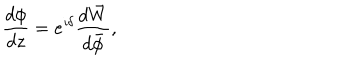
LaTeX: \frac { d \phi } { d z } = e ^ { \imath \delta } \frac { d \bar { W } } { d \bar { \phi } } ,